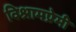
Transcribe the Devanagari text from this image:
विश्रामप्रेमी